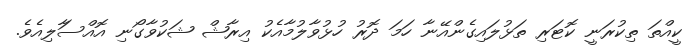
ކީއްތަ ތިކުރަނީ ކޮޓަރި ތަޅުލައިގެންއޭނާ ހަމަ ދޮރު ހުޅުވާލުމާއެކު އިރާޝް ޝަކުވާގޯނި އޮއްސަާލިއެވެ.